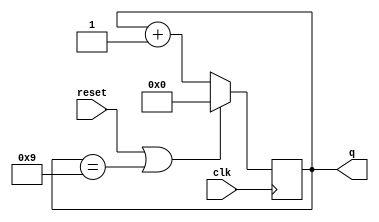
module top_module (
    input clk,
    input reset,        // Synchronous active-high reset
    output [3:0] q);
	
    always @(posedge clk) begin
        if(reset | (q == 4'b1001)) q <= 0;
        else q <= q + 1;
    end
endmodule